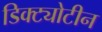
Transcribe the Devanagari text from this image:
डिक्ट्योटीन